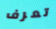
تعرف